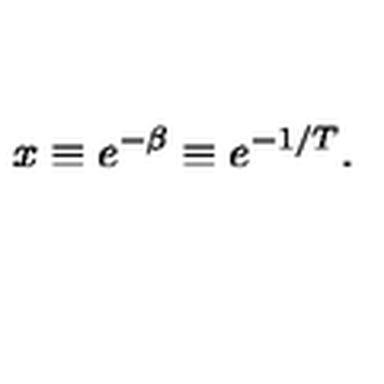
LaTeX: x \equiv e ^ { - \beta } \equiv e ^ { - 1 / T } .